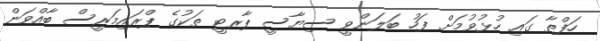
ހަފްތާ ގައި ހުޅުވުމަށް ފަހު ބަލަންވީ ސިޔާސީ ޕާރޓީ ތަކުގެ ޕްރައިމަރީސް ބާއްވަން